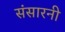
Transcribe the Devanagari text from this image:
संसारनी